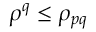
\rho ^ { q } \leq \rho _ { p q }